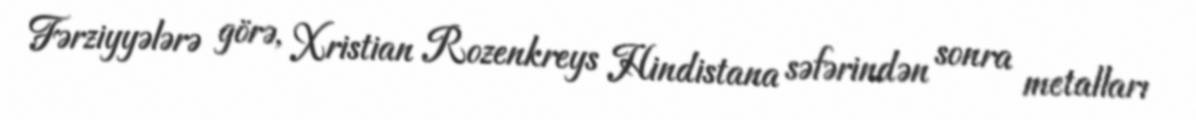
Fərziyyələrə görə, Xristian Rozenkreys Hindistana səfərindən sonra metalları